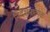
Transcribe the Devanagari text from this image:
निर्देशनात्मक